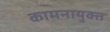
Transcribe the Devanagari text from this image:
कामनायुक्त